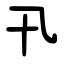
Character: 卂